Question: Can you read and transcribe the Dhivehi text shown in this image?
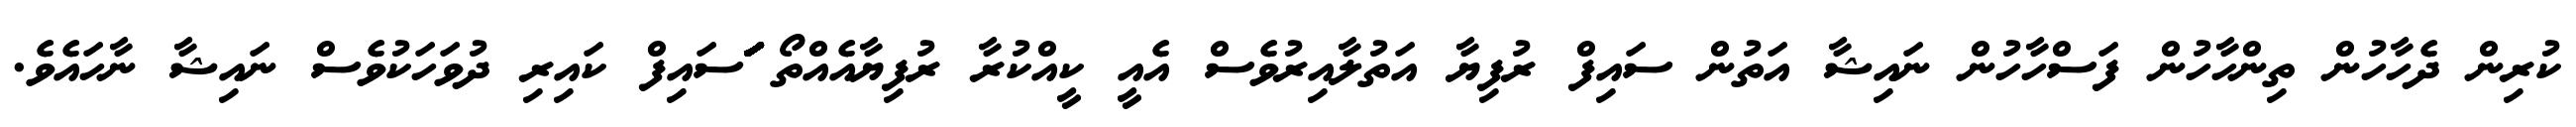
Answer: ކުރިން ދެހާހުން ތިންހާހުން ފަސްހާހުން ނައިޝާ އަތުން ސައިފް ރުފިޔާ އަތުލާއިރުވެސް އެއީ ކީއްކުރާ ރުފިޔާއެއްތޯ ަަަަަަަަަަަަަަަަަަަަަަަަަަަަަަަަަަަަަަަސައިފް ކައިރި ދުވަހަކުވެސް ނައިޝާ ނާހައެވެ.